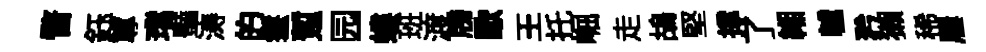
瞀鈺蓴璫豔涛的鬟蹔园螻班渡牓歜王托崛走鴣堅撑了緗轤矜獺稀屨